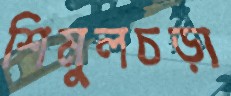
শিমুলচড়া